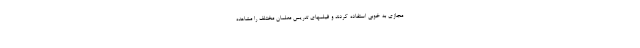
مجازی به خوبی استفاده کردند و فیلمهای تدریس معلمان مختلف را مشاهده